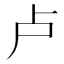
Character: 卢